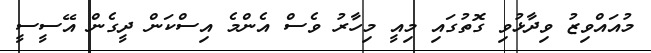
މުއައްވިޒު ވިދާޅުވި ގޮތުގައި މިއީ މިހާރު ވެސް އެންމެ އިސްކަން ދީގެން އޭސީސީ